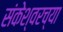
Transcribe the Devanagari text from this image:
संकेश्वरच्या